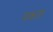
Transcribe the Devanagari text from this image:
पकल